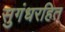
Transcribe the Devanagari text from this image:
सुगंधरहित